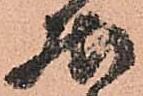
居